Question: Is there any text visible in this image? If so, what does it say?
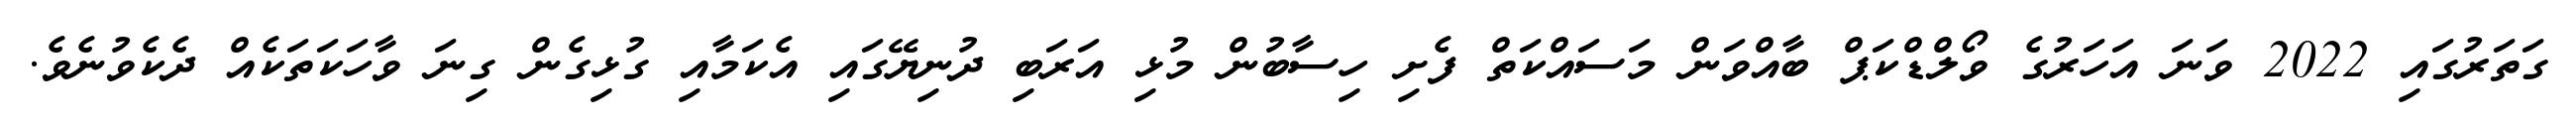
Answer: ގަތަރުގައި 2022 ވަނަ އަހަރުގެ ވޯލްޑްކަޕް ބާއްވަން މަސައްކަތް ފެށި ހިސާބުން މުޅި އަރަބި ދުނިޔޭގައި އެކަމާއި ގުޅިގެން ގިނަ ވާހަކަތަކެއް ދެކެވުނެވެ.